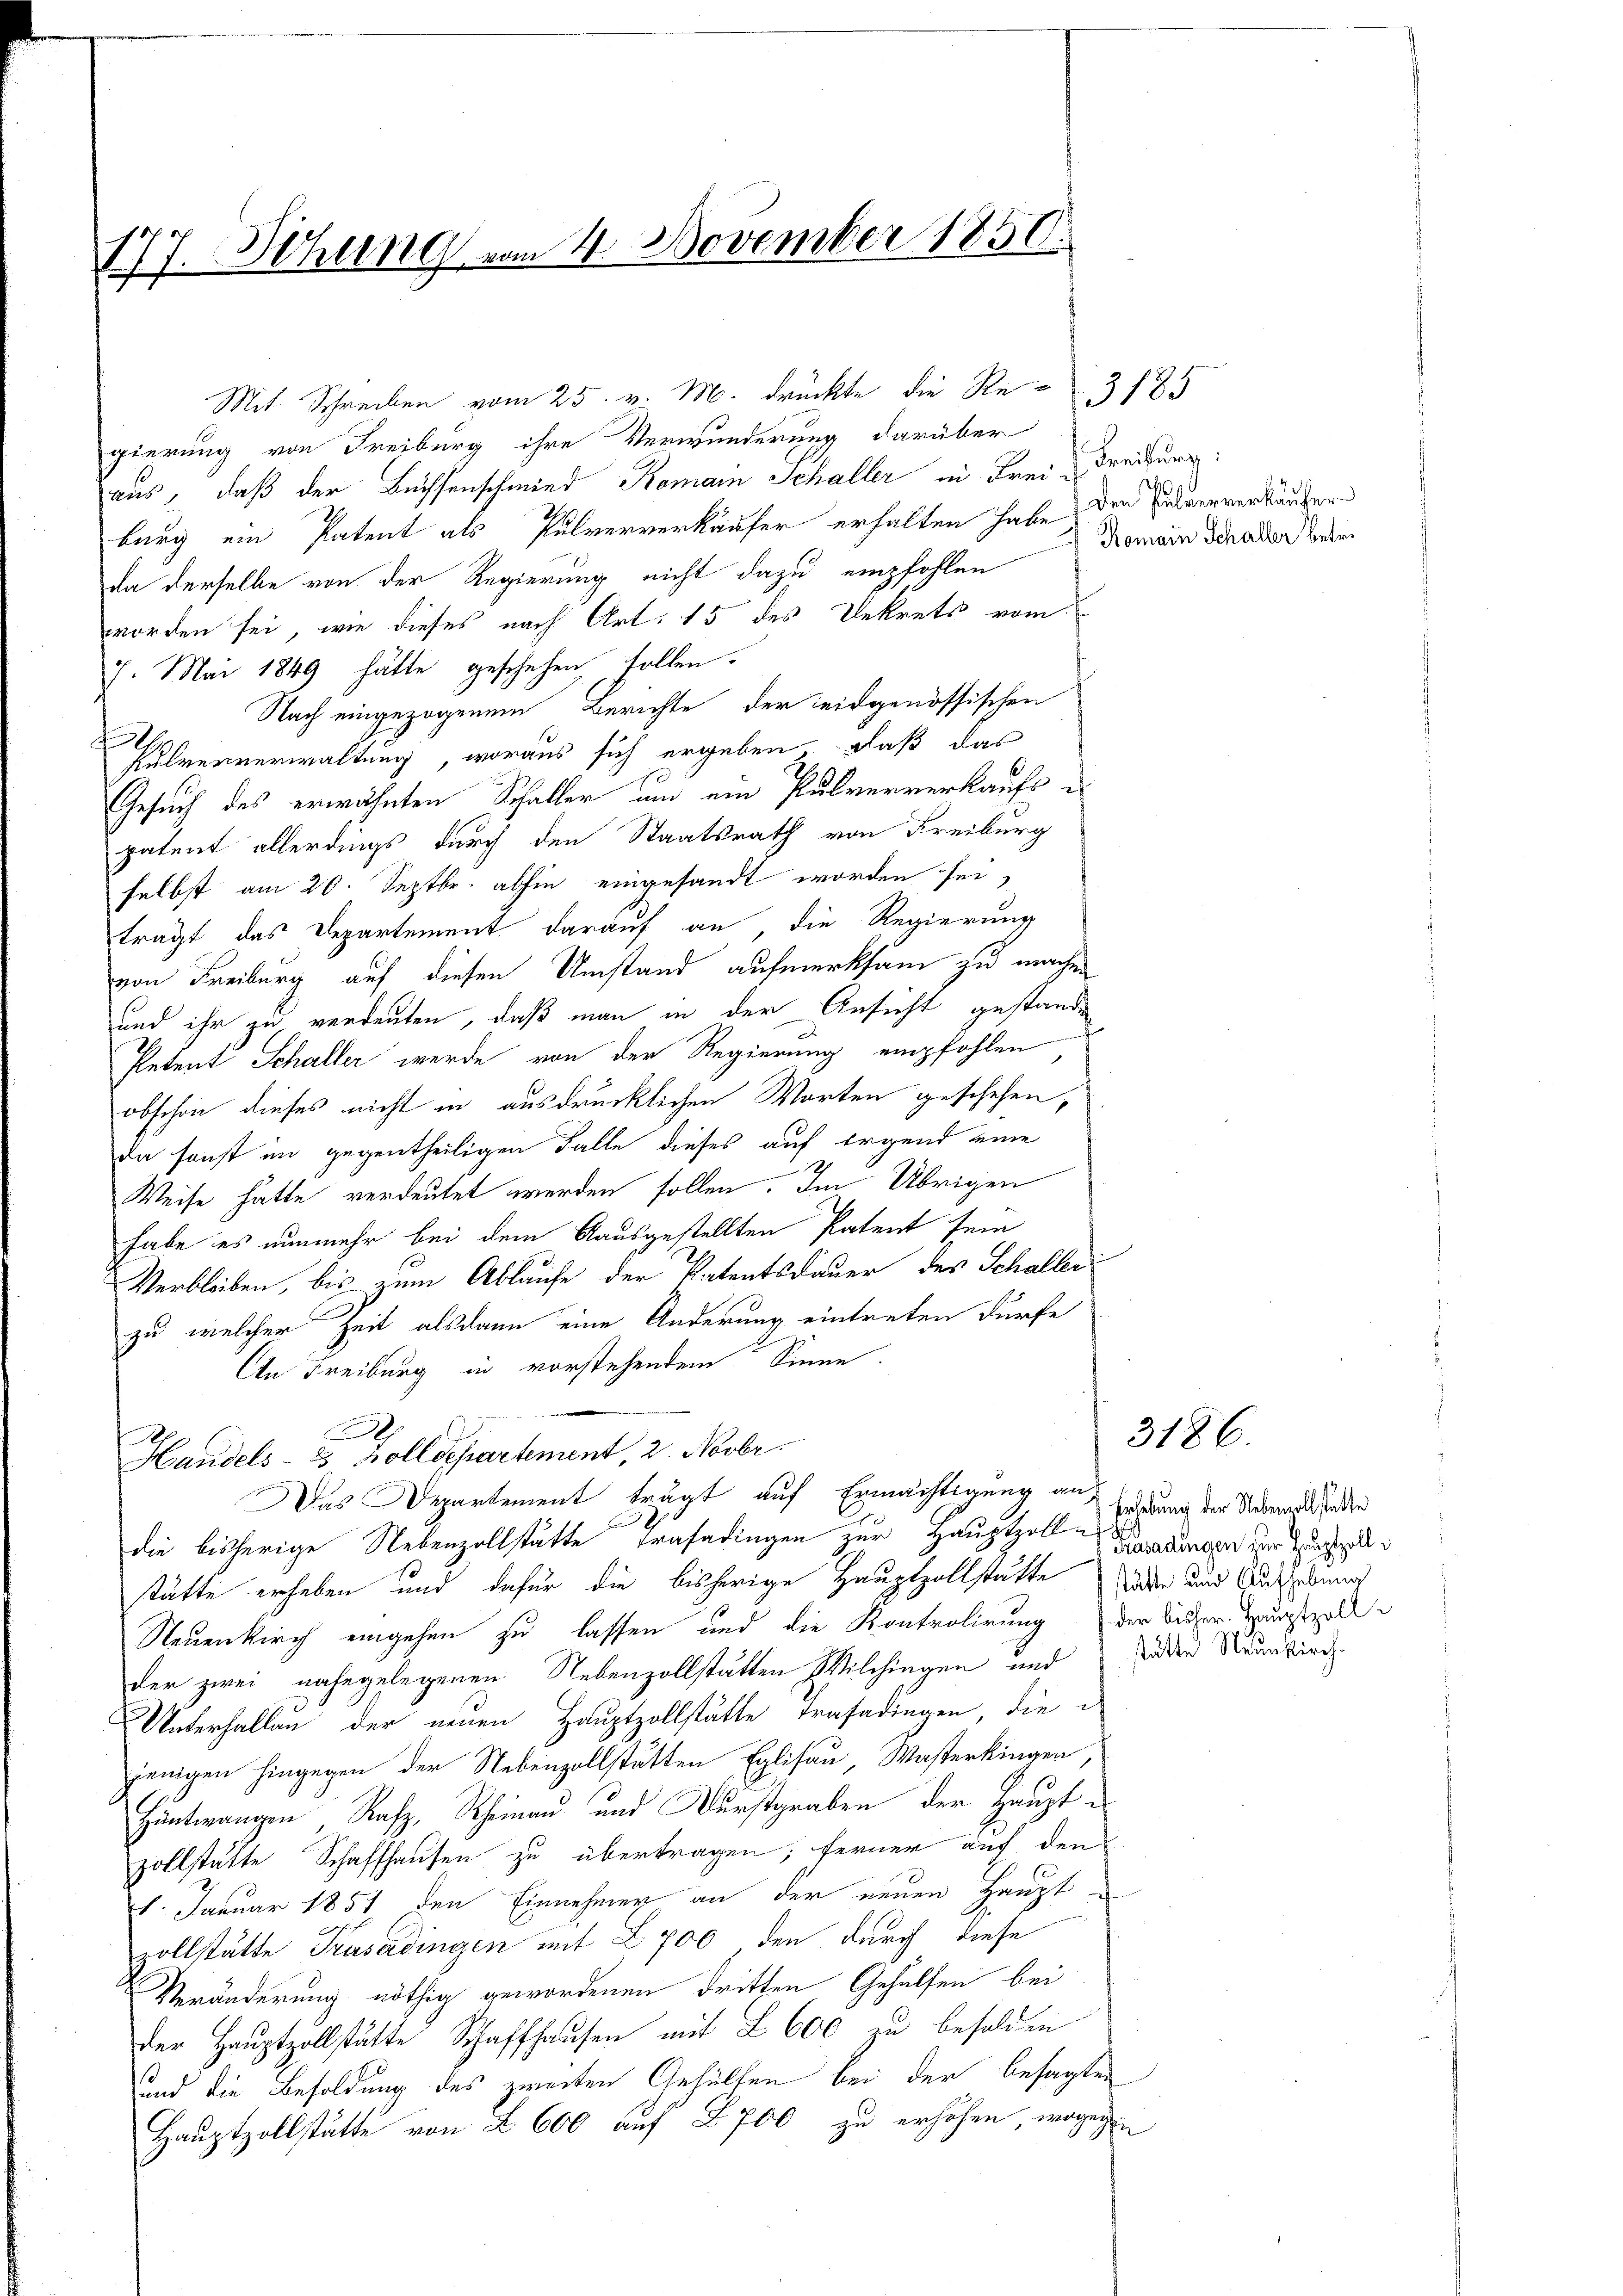
177. Ithung vom 4. November 1850.

Mit Schreiben vom 25. v. M. drückte die Re-
gierung von Freiburg ihre Verwunderung darüber
aus, daß der Büchsenschmied Komain Schaller in Frei-
burg ein Patent als Pulververkäufer erhalten habe, den Helververkäufer
da derselbe von der Regierung nicht dazu empfohlen
worden sei, wie dieses nach Art. 15 des Dekrets vom
77. Mai 1849 hätte geschehen sollen.
Nach eingezogenem Berichte der eidgenössischen
t
Pulververwaltung, woraus sich ergeben, daß das
Gesuch des erwähnten Schaller um ein Pulververkaufspatent allerdings durch den Staatsrath von Freiburg
selbst am 20. Septbr. abhin eingesandt worden sei,
trägt das Departement darauf an, die Regierung
von Freiburg auf diesen Umstand aufmerksam zu machen
und ihr zu verdeuten, daß man in der Ansicht gestanden
Petent Schaller werde von der Regierung empfohlen,
obschon dieses nicht in ausdrücklichen Worten geschehen,
da sonst im gegentheiligen Falle dieses auf irgend eine
Weise hatte verdeutet werden sollen. Im Übrigen
habe es nunmehr bei dem ausgestellten Patent sein
Verbleiben, bis zum Ablaufe der Patentsdauer des Schaller
zu welcher Zeit alsdann eine Änderung eintreten dürfe
An Freiburg in vorstehendem Sinne.
.
Handels- 3 Zolldepartement, 2. Novbr.
Das Departement trägt auf Ermächtigung an,
die bisherige Nebenzollstätte Trasadingen zur Hauptzoll-Baadenger zur Zuferle
stätte erheben und dafür die bisherige Hauptzollstatte der und Ausübung
Neuenkirch eingehen zu lassen und die Kontrolirung der Bisher Wurstell
der zwei nahegelegenen Nebenzollstätten Wilchingen und da die Neunkirc
Unterhallen der neuen Hauptzollstätte Trasadingen, die
jenigen hingegen der Nebenzollstätten Eglisau, Wasterkingen,
Hüntwangen Rafz, Rheinau und Durstgraben der Hauptzollstätte Schaffhausen zu übertragen; ferner auf den
1. Januar 1851 den Einnehmen an der neuen Haupt
zollstätte Trasadingen mit Z. 700 den durch diese
Veränderung nöthig gewordenen dritten Gehülfen bei
der Hauptzollstätte Schaffhausen mit L 600 zu besolden
und die Besoldung des zweiten Gehülfen bei der besagten
Hauptzollstätte von 2 600 auf § 700 zu erhöhen, wogegen

Freiburg:
s
Romain Schaller betre

3185

3186.

Erhebung der Nebenvollstatte